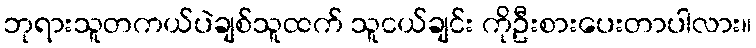
ဘုရားသူတကယ်ပဲချစ်သူထက် သူငယ်ချင်း ကိုဦးစားပေးတာပါလား။